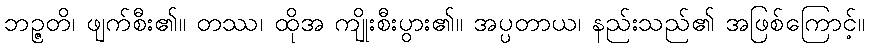
ဘဉ္ဇတိ၊ ဖျက်စီး၏။ တဿ၊ ထိုအ ကျိုးစီးပွား၏။ အပ္ပတာယ၊ နည်းသည်၏ အဖြစ်ကြောင့်။